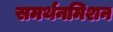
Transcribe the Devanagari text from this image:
समर्थनमिशन